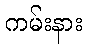
ကမ်းနား